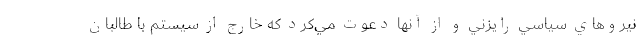
نيروهاي سياسي رايزني و از آنها دعوت مي‌كرد كه خارج از سيستم با طالبان